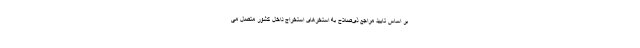
بر اساس تایید مراجع ذی‌صلاح به استخرهای استخراج داخل کشور متصل می